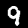
Digit: 9